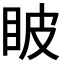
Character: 𥅗